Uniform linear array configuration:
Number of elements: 32
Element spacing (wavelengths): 1
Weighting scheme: blackman
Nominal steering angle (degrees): -60
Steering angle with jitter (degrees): -58.256
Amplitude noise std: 0.05
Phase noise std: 0.05

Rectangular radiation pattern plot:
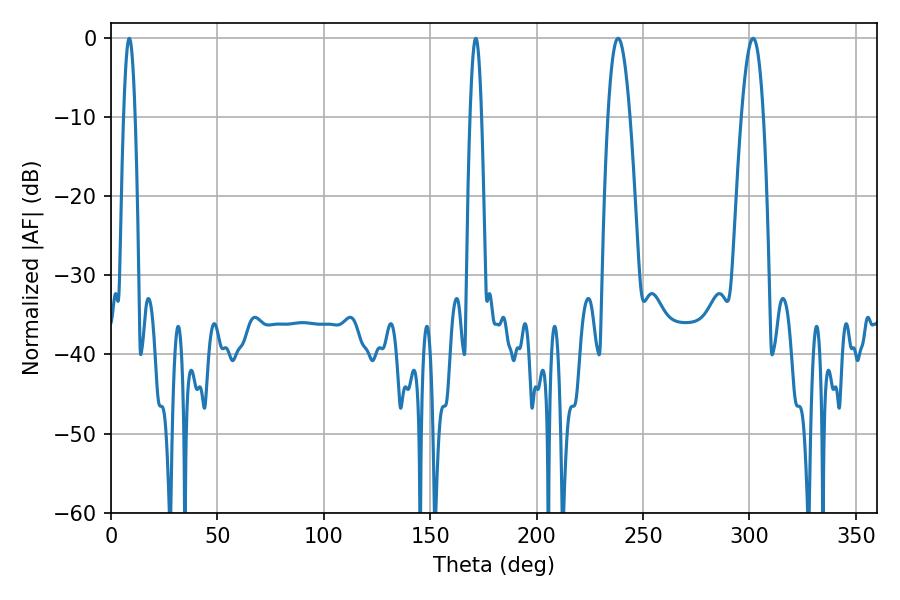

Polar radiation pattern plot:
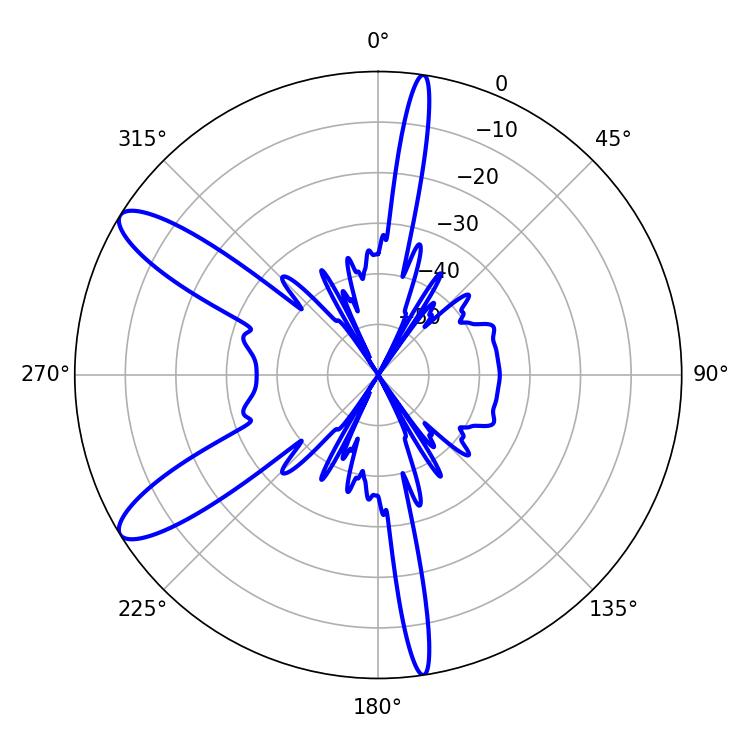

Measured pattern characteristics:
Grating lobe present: TRUE
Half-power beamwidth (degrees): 5.58
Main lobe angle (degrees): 238.32